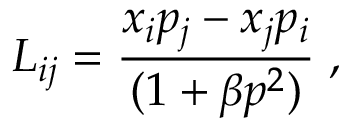
L _ { i j } = \frac { x _ { i } p _ { j } - x _ { j } p _ { i } } { ( 1 + \beta p ^ { 2 } ) } \; ,